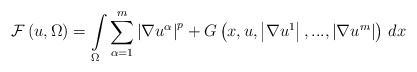
\begin{align*}\mathcal{F}\left( u,\Omega \right) =\int\limits_{\Omega }\sum\limits_{\alpha=1}^{m}\left\vert \nabla u^{\alpha }\right\vert ^{p}+G\left( x,u,\left\vert\nabla u^{1}\right\vert ,...,\left\vert \nabla u^{m}\right\vert \right) \,dx\end{align*}